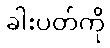
ခါးပတ်ကို